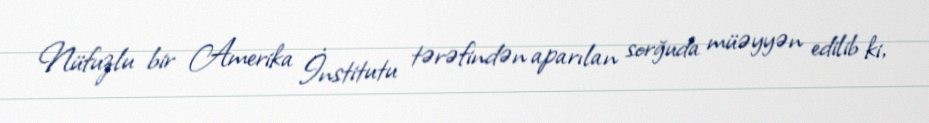
Nüfuzlu bir Amerika İnstitutu tərəfindən aparılan sorğuda müəyyən edilib ki,